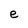
Character: e